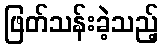
ဖြတ်သန်းခဲ့သည့်